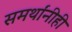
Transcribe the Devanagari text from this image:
समर्थांनीही